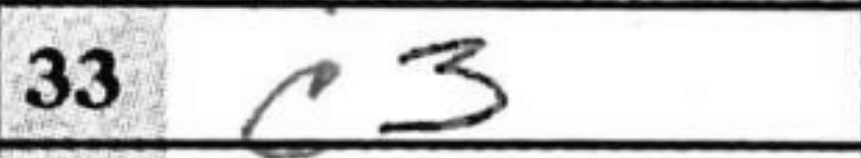
Transcription: c3